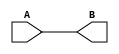
module assign_26bit(B,A);

input [25:0] A;
output [25:0] B;

buf(B[0],  A[0]);
buf(B[1],  A[1]);
buf(B[2],  A[2]);
buf(B[3],  A[3]);
buf(B[4],  A[4]);
buf(B[5],  A[5]);
buf(B[6],  A[6]);
buf(B[7],  A[7]);
buf(B[8],  A[8]);
buf(B[9],  A[9]);
buf(B[10], A[10]);
buf(B[11], A[11]);
buf(B[12], A[12]);
buf(B[13], A[13]);
buf(B[14], A[14]);
buf(B[15], A[15]);
buf(B[16], A[16]);
buf(B[17], A[17]);
buf(B[18], A[18]);
buf(B[19], A[19]);
buf(B[20], A[20]);
buf(B[21], A[21]);
buf(B[22], A[22]);
buf(B[23], A[23]);
buf(B[24], A[24]);
buf(B[25], A[25]);

endmodule